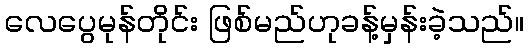
လေပွေမုန်တိုင်း ဖြစ်မည်ဟုခန့်မှန်းခဲ့သည်။